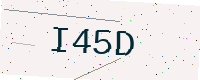
Text: I45D